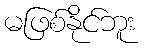
မဖြစ်နိုင်ဘူး